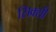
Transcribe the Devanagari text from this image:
सिक्सी